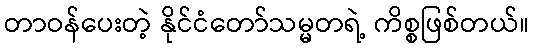
တာဝန်ပေးတဲ့ နိုင်ငံတော်သမ္မတရဲ့ ကိစ္စဖြစ်တယ်။